Vaccine operations Central Provinces & Berar 1922-1929 - 1922-1929
Year: 1922
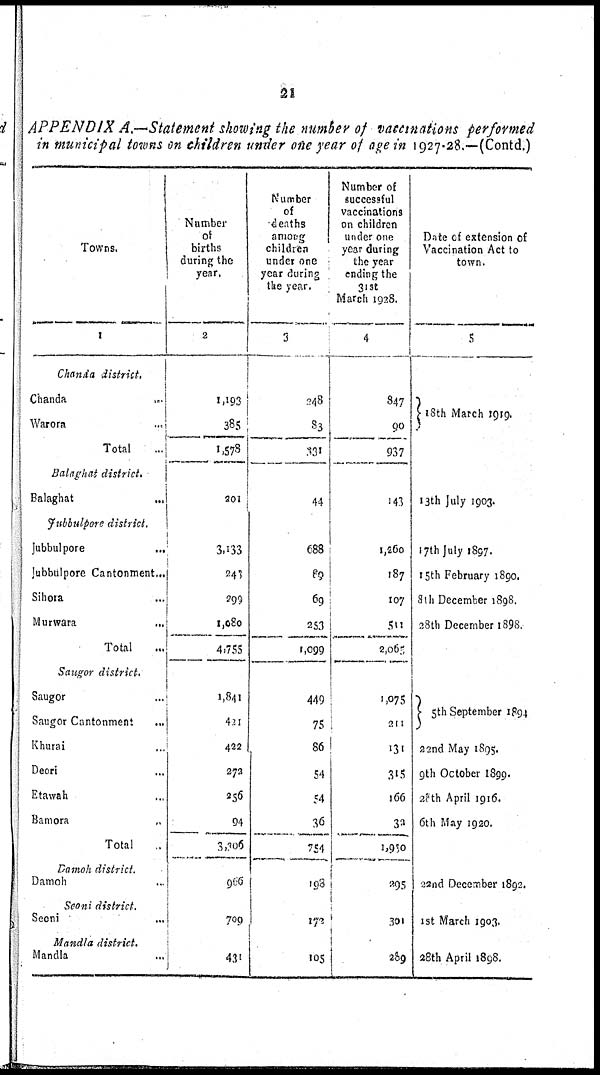
21
APPENDIX A.—Statement showing the number of vaccinations performed
in municipal towns on children under one year of age in 1927-28.—(Contd.)
Towns.
1
Chanda
district.
Chanda ...
Warora ...
Total
...
Balaghat
district.
Balaghat ...
Jubbulpore
district.
Jubbulpore
...
Jubbulpore Cantonment...
Sihora ...
Murwara
...
Total ...
Saugor
district.
Saugor ...
Saugor Cantonment
...
Khurai ...
Deori ...
Etawah ...
Bamora ...
Total ...
Damoh
district.
Damoh ...
Seoni
district.
Seoni ...
Mandla
district.
Mandla ...
Number
of
births
during the
year.
2
1,193
385
1,578
201
3,133
243
299
1,080
4,755
1,841
421
422
272
256
94
3,306
966
709
431
Number
of
deaths
among
children
under one
year during
the year.
3
248
83
331
44
688
89
69
253
1,099
449
75
86
54
54
36
754
198
172
105
Number of
successful
vaccinations
on children
under one
year during
the year
ending the
31st
March 1928.
4
847
90
937
143
1,260
187
107
511
2,065
1,075
211
131
315
166
30
1,900
295
301
289
Date of extension of
Vaccination Act to
town.
5
18th March 1919.
13th July 1903.
17th July 1897.
15th February 1890.
8th December 1898.
28th December 1898.
5th September 1894
22nd May 1895.
9th October 1899.
28th April 1916.
6th May 1920.
22nd December 1892.
1st March 1903.
28th April 1898.